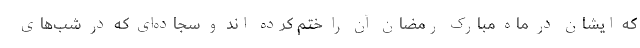
که ایشان در ماه مبارک رمضان آن را ختم کرده اند و سجاده‌ای که در شب‌های